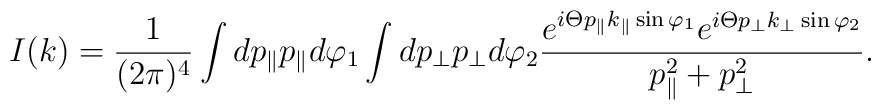
I(k)=\frac{1}{(2\pi)^4}\int dp_{\parallel}p_{\parallel}d\varphi_1\int dp_{\perp}p_{\perp}d\varphi_2\frac{e^{i\Theta p_{\parallel}k_{\parallel}\sin\varphi_1}e^{i\Theta p_{\perp}k_{\perp}\sin\varphi_2}}{p^2_{\parallel}+p^2_{\perp}}.